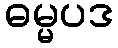
ဓမ္မပဒ